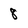
Character: 8